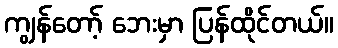
ကျွန်တော့် ဘေးမှာ ပြန်ထိုင်တယ်။